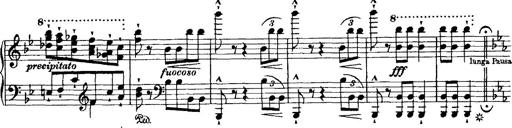
Title: Grande valse di bravura
Composer: Franz Liszt